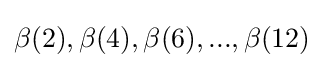
\beta (2),\beta (4),\beta (6),...,\beta (12)